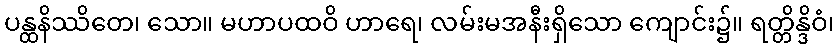
ပန္ထနိဿိတေ၊ သော။ မဟာပထဝိ ဟာရေ၊ လမ်းမအနီးရှိသော ကျောင်း၌။ ရတ္တိန္ဒိဝံ၊